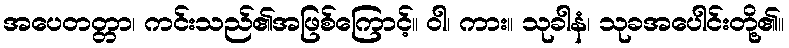
အပေတတ္တာ၊ ကင်းသည်၏အဖြစ်ကြောင့်။ ဝါ၊ ကား။ သုခါနံ၊ သုခအပေါင်းတို့၏။